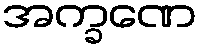
အက္ခဏေ